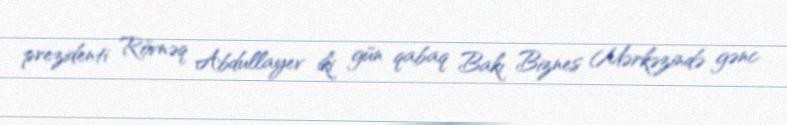
prezidenti Rövnəq Abdullayev iki gün qabaq Bakı Biznes Mərkəzində gənc